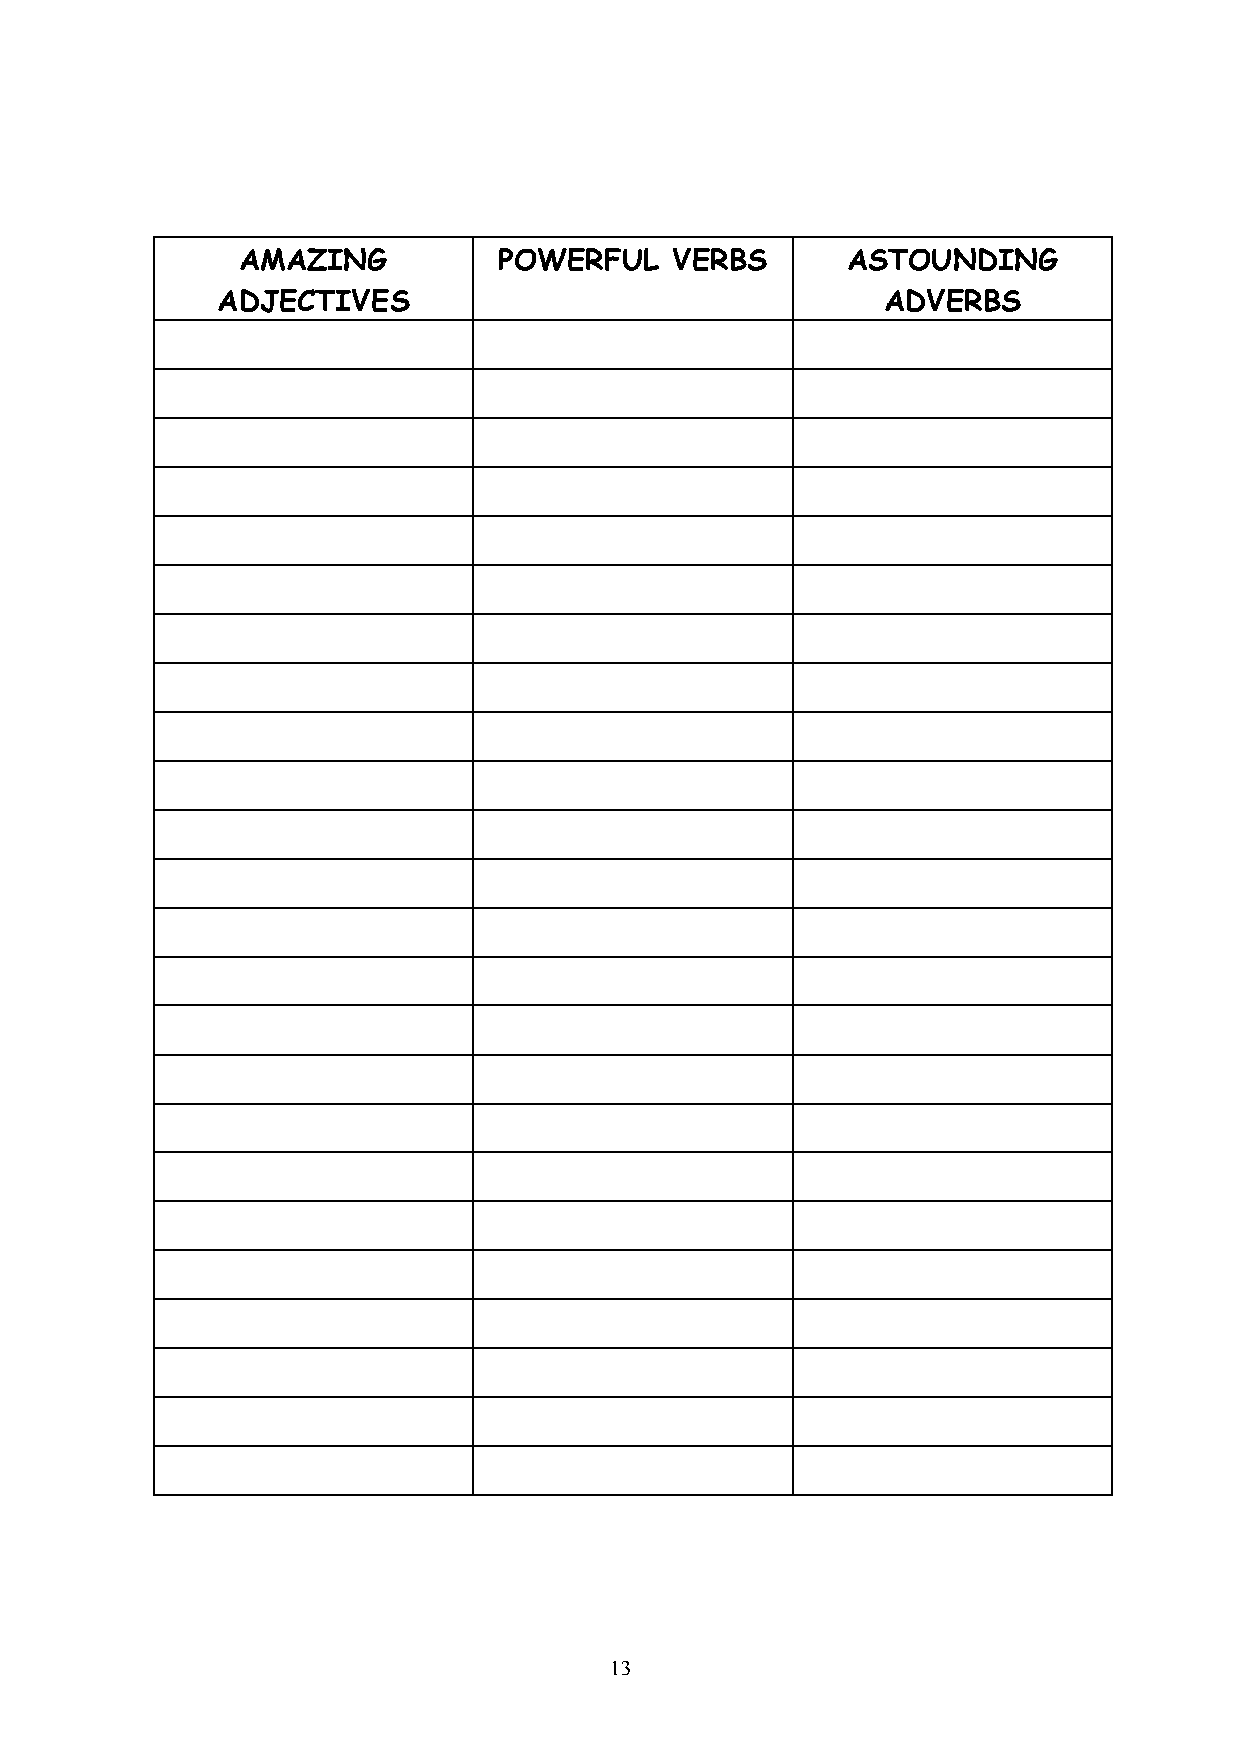
AMAZING          POWERFUL   VERBS       ASTOUNDING
 ADJECTIVES                                  ADVERBS
 13